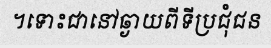
។ទោះជានៅឆ្ងាយពីទីប្រជុំជន